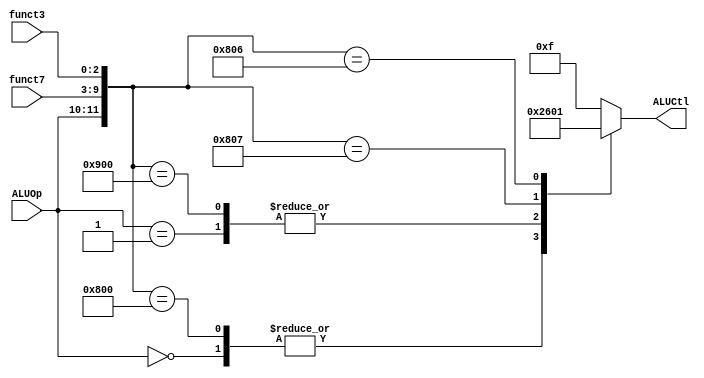
module aluControl(	input [1:0] ALUOp,
					input [6:0] funct7,
					input [2:0] funct3,
					output reg [3:0] ALUCtl);

	wire [11:0] concat;
	assign concat = {ALUOp, funct7, funct3};

	always @(*) begin
		casex(concat)
			12'b00xxxxxxxxxx: ALUCtl <= 4'b0010;
			12'b01xxxxxxxxxx: ALUCtl <= 4'b0110;
			12'b100000000000: ALUCtl <= 4'b0010;
			12'b100100000000: ALUCtl <= 4'b0110;
			12'b100000000111: ALUCtl <= 4'b0000;
			12'b100000000110: ALUCtl <= 4'b0001;
			default         : ALUCtl <= 4'b1111;
		endcase
	end
endmodule